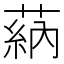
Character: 蒳